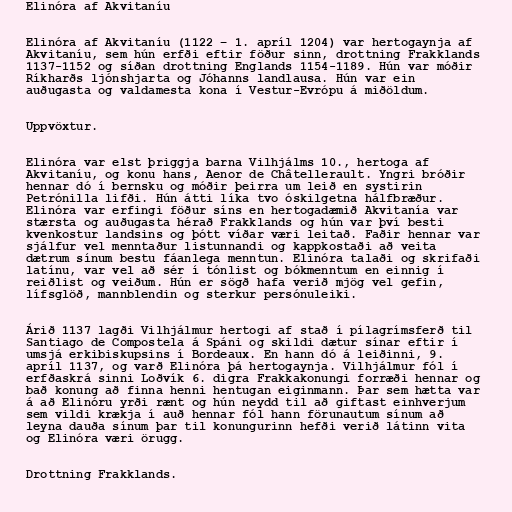
Elinóra af Akvitaníu

Elinóra af Akvitaníu (1122 – 1. apríl 1204) var hertogaynja af
Akvitaníu, sem hún erfði eftir föður sinn, drottning Frakklands
1137-1152 og síðan drottning Englands 1154-1189. Hún var móðir
Ríkharðs ljónshjarta og Jóhanns landlausa. Hún var ein
auðugasta og valdamesta kona í Vestur-Evrópu á miðöldum.

Uppvöxtur.

Elinóra var elst þriggja barna Vilhjálms 10., hertoga af
Akvitaníu, og konu hans, Aenor de Châtellerault. Yngri bróðir
hennar dó í bernsku og móðir þeirra um leið en systirin
Petrónilla lifði. Hún átti líka tvo óskilgetna hálfbræður.
Elinóra var erfingi föður síns en hertogadæmið Akvitanía var
stærsta og auðugasta hérað Frakklands og hún var því besti
kvenkostur landsins og þótt víðar væri leitað. Faðir hennar var
sjálfur vel menntaður listunnandi og kappkostaði að veita
dætrum sínum bestu fáanlega menntun. Elinóra talaði og skrifaði
latínu, var vel að sér í tónlist og bókmenntum en einnig í
reiðlist og veiðum. Hún er sögð hafa verið mjög vel gefin,
lífsglöð, mannblendin og sterkur persónuleiki.

Árið 1137 lagði Vilhjálmur hertogi af stað í pílagrímsferð til
Santiago de Compostela á Spáni og skildi dætur sínar eftir í
umsjá erkibiskupsins í Bordeaux. En hann dó á leiðinni, 9.
apríl 1137, og varð Elinóra þá hertogaynja. Vilhjálmur fól í
erfðaskrá sinni Loðvík 6. digra Frakkakonungi forræði hennar og
bað konung að finna henni hentugan eiginmann. Þar sem hætta var
á að Elinóru yrði rænt og hún neydd til að giftast einhverjum
sem vildi krækja í auð hennar fól hann förunautum sínum að
leyna dauða sínum þar til konungurinn hefði verið látinn vita
og Elinóra væri örugg.

Drottning Frakklands.